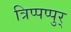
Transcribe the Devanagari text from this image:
त्रिप्पप्पुर्